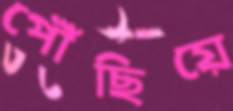
পৌঁছিয়ে